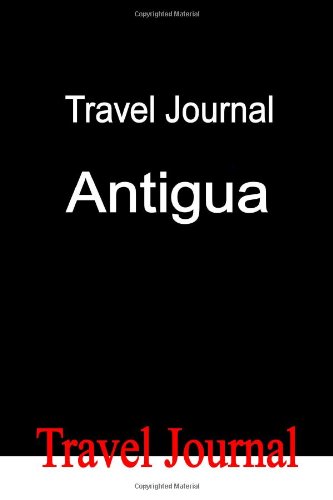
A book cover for Travel Journal Antigua; E Locken; Travel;